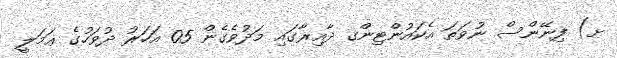
ށ) ފިނޭންސް ނުވަތަ އެކައުންޓިންގ ދާއިރާގައި މަދުވެގެން 05 އަހަރު ދުވަހުގެ ޢަމަލީ